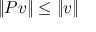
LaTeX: \| P v \| \leq \| v \|